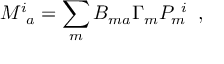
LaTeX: M _ { ~ a } ^ { i } = \sum _ { m } B _ { m a } \Gamma _ { m } P _ { m } ^ { ~ i } \; \; ,